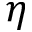
\eta